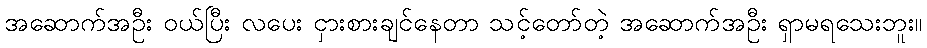
အဆောက်အဦး ဝယ်ပြီး လပေး ငှားစားချင်နေတာ သင့်တော်တဲ့ အဆောက်အဦး ရှာမရသေးဘူး။